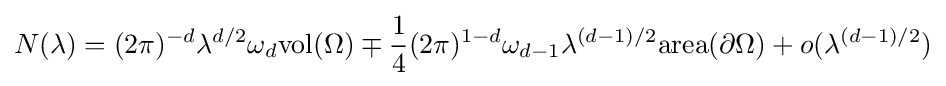
N(\lambda )=(2\pi )^{-d}\lambda ^{d/2}\omega _{d}\mathrm {vol} (\Omega )\mp {\frac {1}{4}}(2\pi )^{1-d}\omega _{d-1}\lambda ^{(d-1)/2}\mathrm {area} (\partial \Omega )+o(\lambda ^{(d-1)/2})